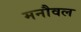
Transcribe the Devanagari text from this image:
मनौवल